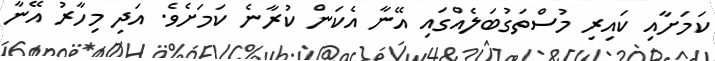
ކަމަށާއި ކައިރި މުސްތަގުބަލެއްގައި އޭނާ އެކަން ކުރާނެ ކަމަށެވެ. އަދި މިހާރު އޭނާ